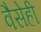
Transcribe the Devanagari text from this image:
वैसेही